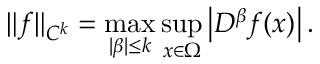
\| f \| _ { C ^ { k } } = \operatorname* { m a x } _ { | \beta | \leq k } \operatorname* { s u p } _ { x \in \Omega } \left| D ^ { \beta } f ( x ) \right| .